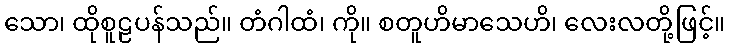
သော၊ ထိုစူဠပန်သည်။ တံဂါထံ၊ ကို။ စတူဟိမာသေဟိ၊ လေးလတို့ဖြင့်။